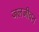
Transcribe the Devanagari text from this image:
जलजीवन